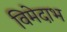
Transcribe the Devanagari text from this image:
विमेदाभ